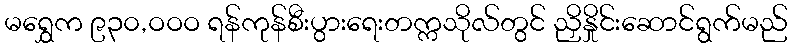
မရွှေက ၉၃၀,ဝဝဝ ရန်ကုန်စီးပွားရေးတက္ကသိုလ်တွင် ညှိနှိုင်းဆောင်ရွက်မည်